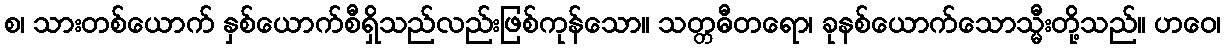
စ၊ သားတစ်ယောက် နှစ်ယောက်စီရှိသည်လည်းဖြစ်ကုန်သော။ သတ္တဓီတရော၊ ခုနစ်ယောက်သောသ္မီးတို့သည်။ ဟဝေ၊